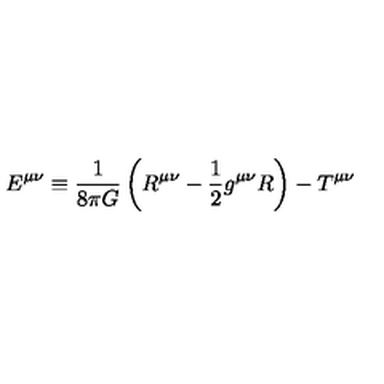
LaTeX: E ^ { \mu \nu } \equiv \frac { 1 } { 8 \pi G } \left( R ^ { \mu \nu } - \frac { 1 } { 2 } g ^ { \mu \nu } R \right) - T ^ { \mu \nu }